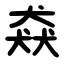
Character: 猋